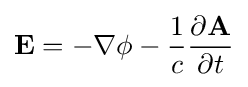
\mathbf {E} =-\mathbf {\nabla } \phi -{\frac {1}{c}}{\frac {\partial \mathbf {A} }{\partial t}}